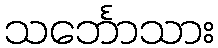
သင်္ဘောသား